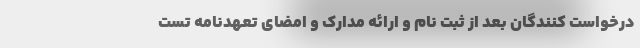
درخواست کنندگان بعد از ثبت نام و ارائه مدارک و امضای تعهدنامه تست